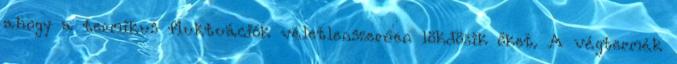
ahogy a termikus fluktuációk véletlenszerűen lökdösik őket. A végtermék